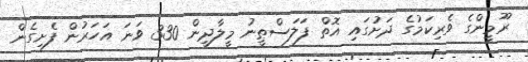
ރޫމީންގެ ވެރިކަމުގެ ދަށުގައި އޮތް ފަލަސްޠީނު މީލާދީން 330 ވަނަ އަހަރުން ފެށިގެން